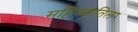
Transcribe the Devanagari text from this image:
महिन्यातिल